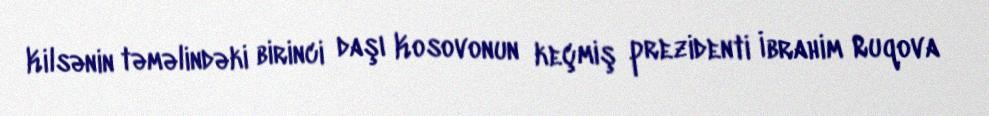
Kilsənin təməlindəki birinci daşı Kosovonun keçmiş prezidenti İbrahim Ruqova